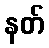
နတ်